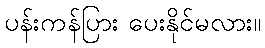
ပန်းကန်ပြား ပေးနိုင်မလား။